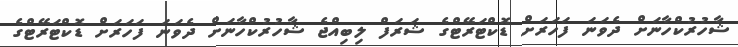
ޝާހުރުކްހާނަށް ދެވަނަ ފަހަރަށް ޑޮކްޓަރޭޓްގެ ޝަރަފް ލިބިއްޖެ ޝާހުރުކްހާނަށް ދެވަނަ ފަހަރަށް ޑޮކްޓަރޭޓްގެ